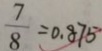
\frac { 7 } { 8 } = 0 . 8 7 5